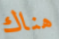
هناك